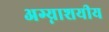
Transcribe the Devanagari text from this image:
अग्न्याशयीय